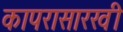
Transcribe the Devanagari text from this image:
कापरासारखी